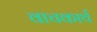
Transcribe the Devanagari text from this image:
वाचकार्थ